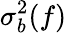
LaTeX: \sigma_{b}^{2}(f)